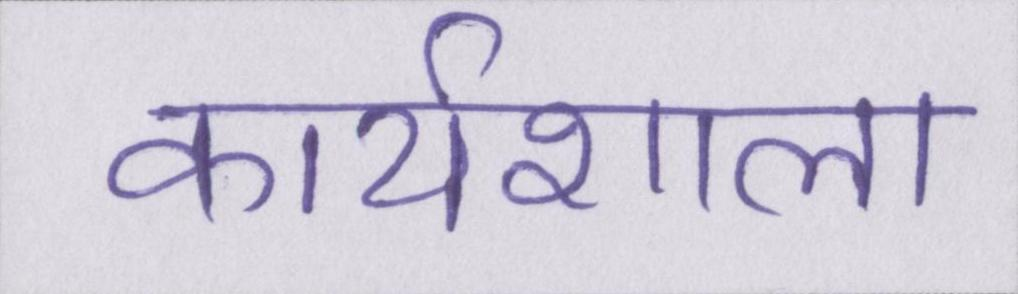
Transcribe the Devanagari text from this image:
कार्यशाला